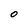
Character: 0